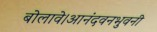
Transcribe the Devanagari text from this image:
बोलावे।आनंदवनभुवनी